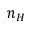
n _ { H }